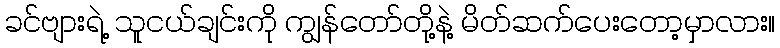
ခင်ဗျားရဲ့ သူငယ်ချင်းကို ကျွန်တော်တို့နဲ့ မိတ်ဆက်ပေးတော့မှာလား။